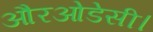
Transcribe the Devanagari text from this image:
औरओडेसी।